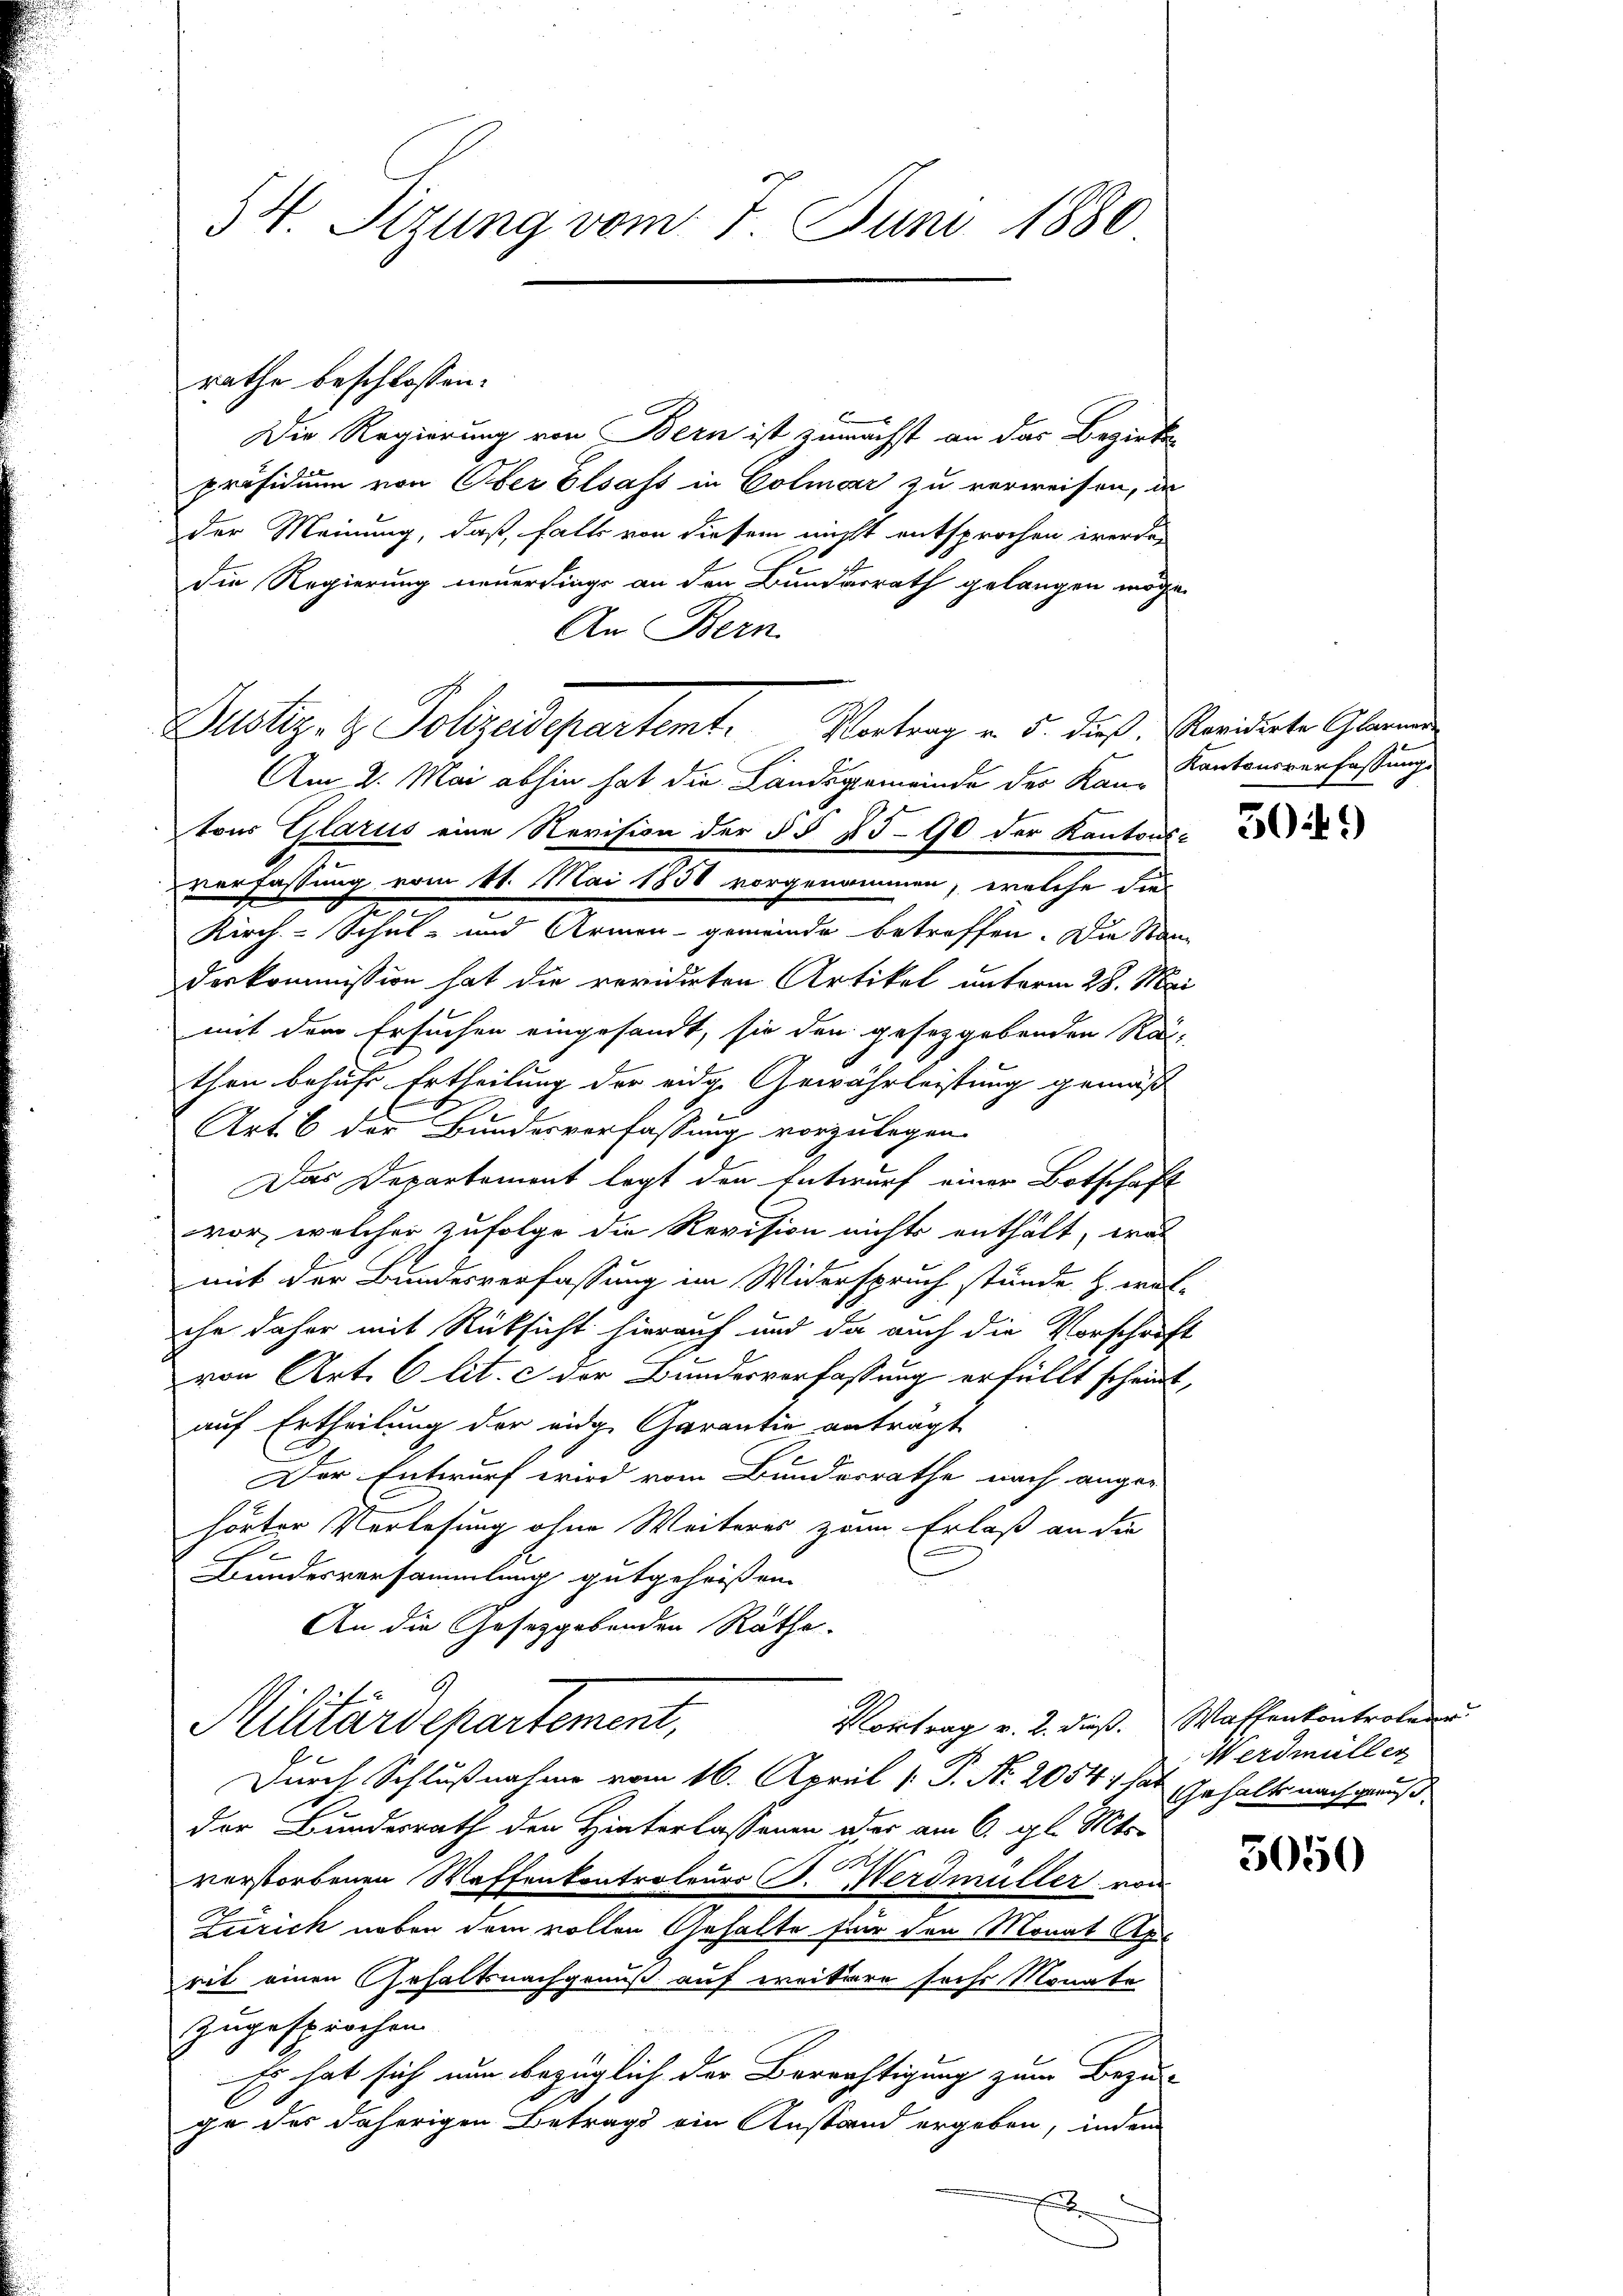
54. Sizung vom 7. Juni 1880

Die Regierung von Bern ist zunächst an das Bezirks-
präsidium von Ober Elsass in Colmar zu verweisen, da
der Meinung, daß, falls von diesem nicht entsprochen werden
die Regierung neuerdings an den Bundesrath gelangen möge.
An Bern
Dustiz- & Polizeadepartent.
Am 2. Mai abhin hat die Landsgemeinde der Kan-Kantonsverfassungs
derkommission hat die revidirten Artikel unterm 28. Mai
mit dem Ersuchen eingesandt, sie der gesetzgebenden Rati
then behufs Ertheilung der eidg. Gewährleistung gemäß
Art. 6 der Bundesverfassung vorzulegen.
Das Departement legt den Entwurf einer Botschaft
vor, welcher zufolge die Revision nichts enthält, was
mit der Bundesverfassung im Widerspruch stünde. H. wol-
ihe daher mit Rücksicht hierauf und da auch die Vorschrift
von Art. 6 lit. c der Bundesverfassung erfüllt scheint,
auf Ertheilung der eidge Garantie anträgt
Der Entwurf wird vom Bundesrathe nach ange-
hörter Verlesung ohne Weiteres zum Erlaß an die
.
Bundesversammlung gutgeheißen.
An die Gesetzgebenden Räthe.

rathe beschlossen:

tons Glarus eine Revision der §§ 25-90 der Kantonse

verfassung vom 11. Mai 1850 vorgenommen, welche die-
Kirch-Schul- und Armen gemeinde betreffen. Die Stan¬

Vortrag v. 5. dieß. Revidirte Glarner

Militärdepartement,
Kontrag v. 2. dieß.
Durch Schlußnahme vom 16. April [: P. Nr. 20541 hat Gehalte nachgenuß

der Bundesrath den Hinterlassenen oder am 6. gl. Mts.
verstorbenen Waffenkontroleurs P. Werdmüller von
Zürich neben dem vollen Gehalte für den Monat Aprit einen Gehaltsnachgenuß auf weitere sechs Monate
zugesprochen
Es hat sich nun bezüglich der Berrichtigung zum Bezu-
ge des daherigen Betrags ein Anstand ergeben, indem
E

30 f.)

Waffenkontrolerer
Werdmüller

5050